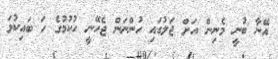
އޭނާ ބުނީ މެނިން އަށް ޖަލުގައި ހުންނަން ޖެހޭނީ ހުކުމުގެ ހަ ބައިކުޅަ